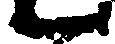
候